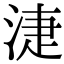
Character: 𣶏